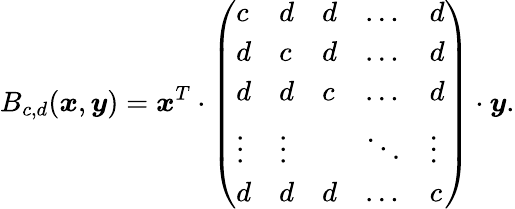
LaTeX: B_{c,d}(\boldsymbol{x},\boldsymbol{y})=\boldsymbol{x}^{T}\cdot\left(\begin{array}{lllll}{c}&{d}&{d}&{\dots}&{d}\\ {d}&{c}&{d}&{\dots}&{d}\\ {d}&{d}&{c}&{\dots}&{d}\\ {\vdots}&{\vdots}&&{\ddots}&{\vdots}\\ {d}&{d}&{d}&{\dots}&{c}\end{array}\right)\cdot\boldsymbol{y}.